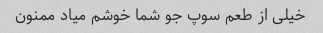
خیلی از طعم سوپ جو شما خوشم میاد ممنون